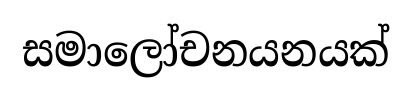
සමාලෝචනයනයක්